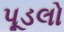
પૂડલો